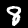
Digit: 8